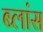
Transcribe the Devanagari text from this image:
ब्लांस